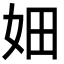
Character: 㚼